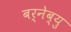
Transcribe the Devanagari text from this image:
बर्नेब्यु